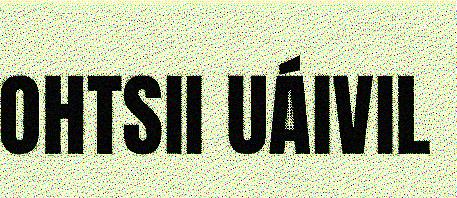
OHTSII UÁIVIL